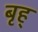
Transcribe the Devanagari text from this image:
बृह्